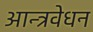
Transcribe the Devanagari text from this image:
आन्त्रवेधन